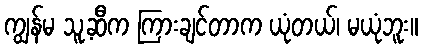
ကျွန်မ သူ့ဆီက ကြားချင်တာက ယုံတယ်၊ မယုံဘူး။